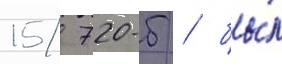
15/ 720-б / бы́л